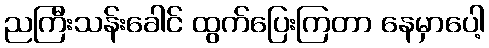
ညကြီးသန်းခေါင် ထွက်ပြေးကြတာ နေမှာပေါ့